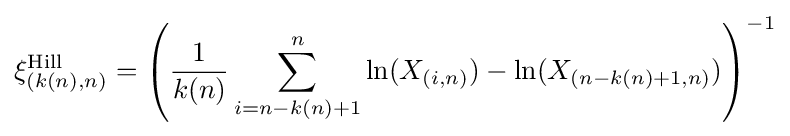
\xi _{(k(n),n)}^{\text{Hill}}=\left({\frac {1}{k(n)}}\sum _{i=n-k(n)+1}^{n}\ln(X_{(i,n)})-\ln(X_{(n-k(n)+1,n)})\right)^{-1}